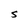
Character: S